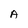
Character: A